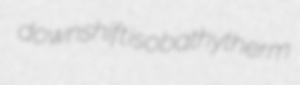
downshift isobathytherm